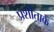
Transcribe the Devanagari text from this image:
प्रशीताकें